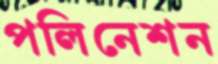
পলিনেশন